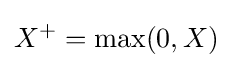
X^{+}=\max(0,X)